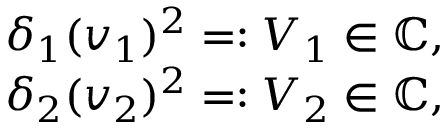
\begin{array} { r } { \delta _ { 1 } ( v _ { 1 } ) ^ { 2 } = : V _ { 1 } \in \mathbb { C } , } \\ { \delta _ { 2 } ( v _ { 2 } ) ^ { 2 } = : V _ { 2 } \in \mathbb { C } , } \end{array}